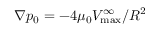
\nabla p _ { 0 } = - 4 \mu _ { 0 } V _ { \mathrm { m a x } } ^ { \infty } / R ^ { 2 }